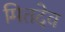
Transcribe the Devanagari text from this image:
मितदेव